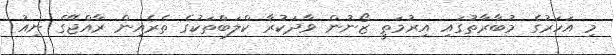
މި އަހަރުގެ މުބާރާތުގައި އިރުމަތީ ޒޯނުން ވާދަކުރާ ކްލަބްތަކުގެ ތެރެއިން ރާއްޖޭގެ ނިއު